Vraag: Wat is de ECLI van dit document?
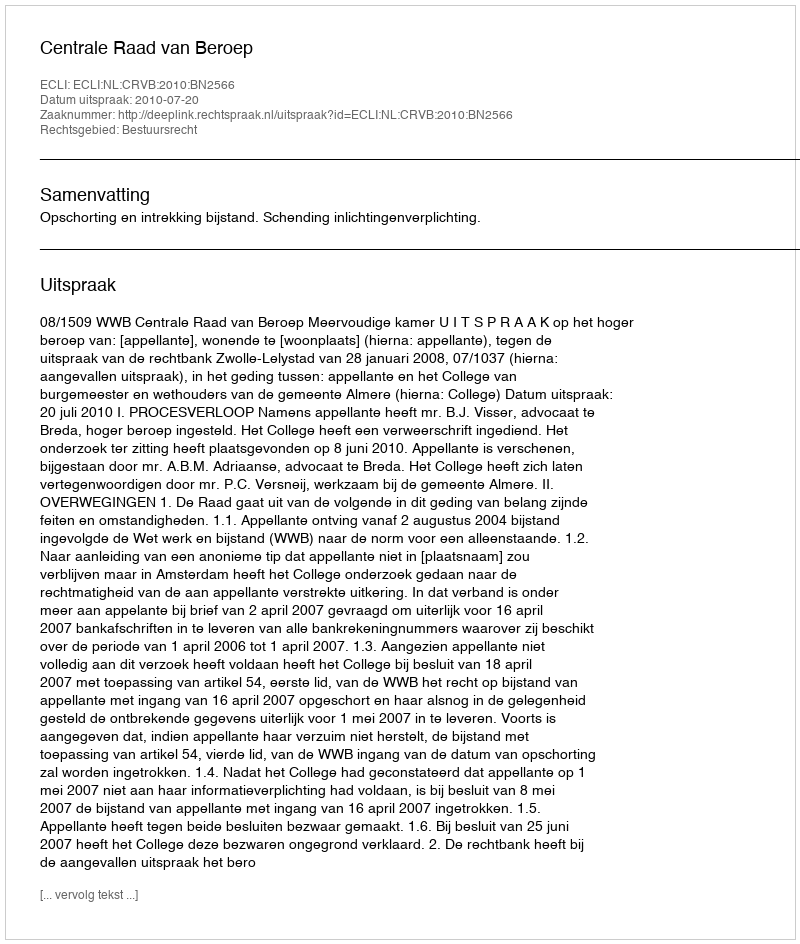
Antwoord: ECLI:NL:CRVB:2010:BN2566